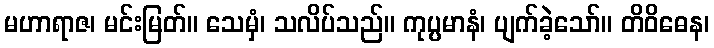
မဟာရာဇ၊ မင်းမြတ်။ သေမှံ၊ သလိပ်သည်။ ကုပ္ပမာနံ၊ ပျက်ခဲ့သော်။ တိဝိဓေန၊